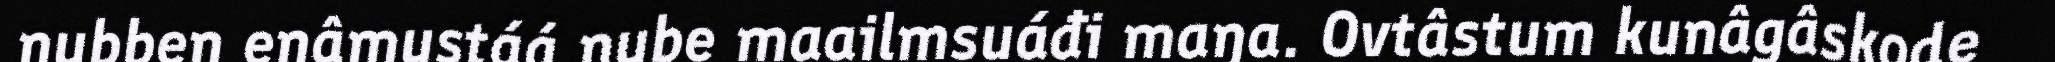
nubben enâmustáá nube maailmsuáđi maŋa. Ovtâstum kunâgâskode